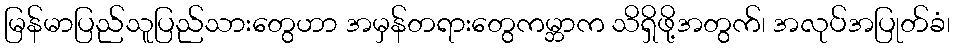
မြန်မာပြည်သူပြည်သားတွေဟာ အမှန်တရားတွေကမ္ဘာက သိရှိဖို့အတွက်၊ အလုပ်အပြုတ်ခံ၊